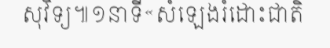
សុវិទ្យ៕១នាទី«សំឡេងរំដោះជាតិ